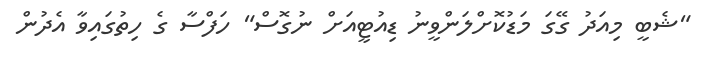
"ޝެބީ މިއަދު ގޭގަ މަޑުކޮށްލަންވީނު ޑިއުޓީއަށް ނުގޮސް" ހަފްސާ ގެ ހިތުގައިވާ އެދުން